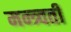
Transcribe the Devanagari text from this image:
मन्त्र्वती